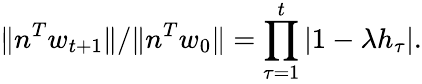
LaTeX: \| n^{T}w_{t+1}\| /\| n^{T}w_{0}\| =\prod_{\tau=1}^{t}|1-\lambda h_{\tau}|.